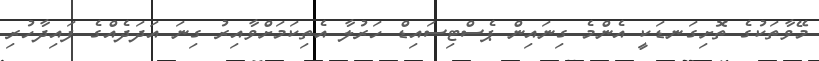
މޭވާތަކުގެ ތޮށިގަނޑަކީ އެންމެ ގިނައިން ޕެސްޓިސައިޑް ހަރުލާ އެތިކަމަށްވާއިރު ގިނަ އަދަދެއްގެ ފައިދާހުރި